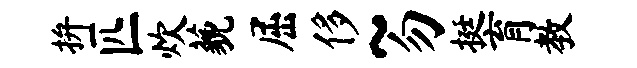
拚匹炊藐屈侈~勿挺育教